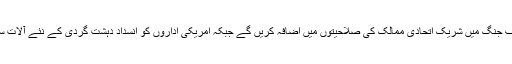
دہشت گردی کے خلاف جنگ میں شریک اتحادی ممالک کی صلاحیتوں میں اضافہ کریں گے جبکہ امریکی اداروں کو انسداد دہشت گردی کے نئے آلات سے مسلح کیا جائے گا۔